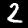
Label: 2